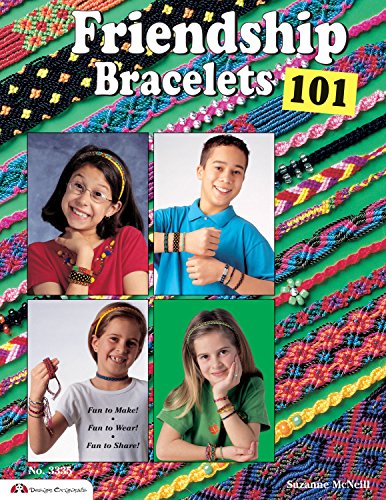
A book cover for Friendship Bracelets 101: Fun to Make, Fun to Wear, Fun to Share (Can Do Crafts); Suzanne McNeill; Crafts, Hobbies & Home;